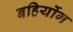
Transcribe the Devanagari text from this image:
बहिर्योग